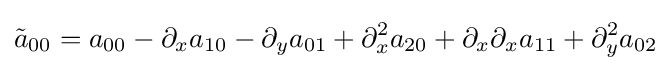
{\tilde {a}}_{00}=a_{00}-\partial _{x}a_{10}-\partial _{y}a_{01}+\partial _{x}^{2}a_{20}+\partial _{x}\partial _{x}a_{11}+\partial _{y}^{2}a_{02}